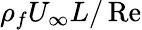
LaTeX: \rho_{f}U_{\infty}L/\operatorname{Re}